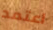
اعتمد